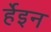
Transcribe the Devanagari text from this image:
र्हेइन